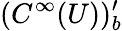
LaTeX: (C^{\infty}(U))_{b}^{\prime}